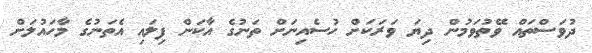
ދުވަސްތައް ވޭތުވަމުން ދިޔަ ވަރަކަށް ހުސެއިނަށް ތަނުގެ އާކަން ފިލައި އެތަނުގެ މާހައުލަށް